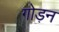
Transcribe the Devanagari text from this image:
गोड़न